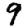
Digit: 9